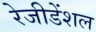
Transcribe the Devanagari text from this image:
रेजीडेंशल